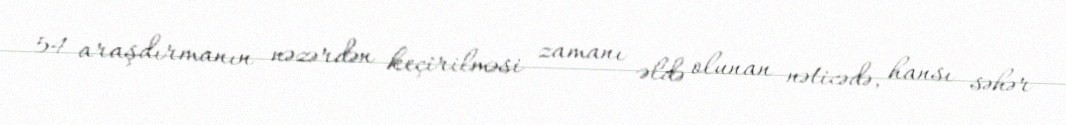
54 araşdırmanın nəzərdən keçirilməsi zamanı əldə olunan nəticədə, hansı səhər